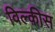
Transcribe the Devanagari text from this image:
विल्क़ीस